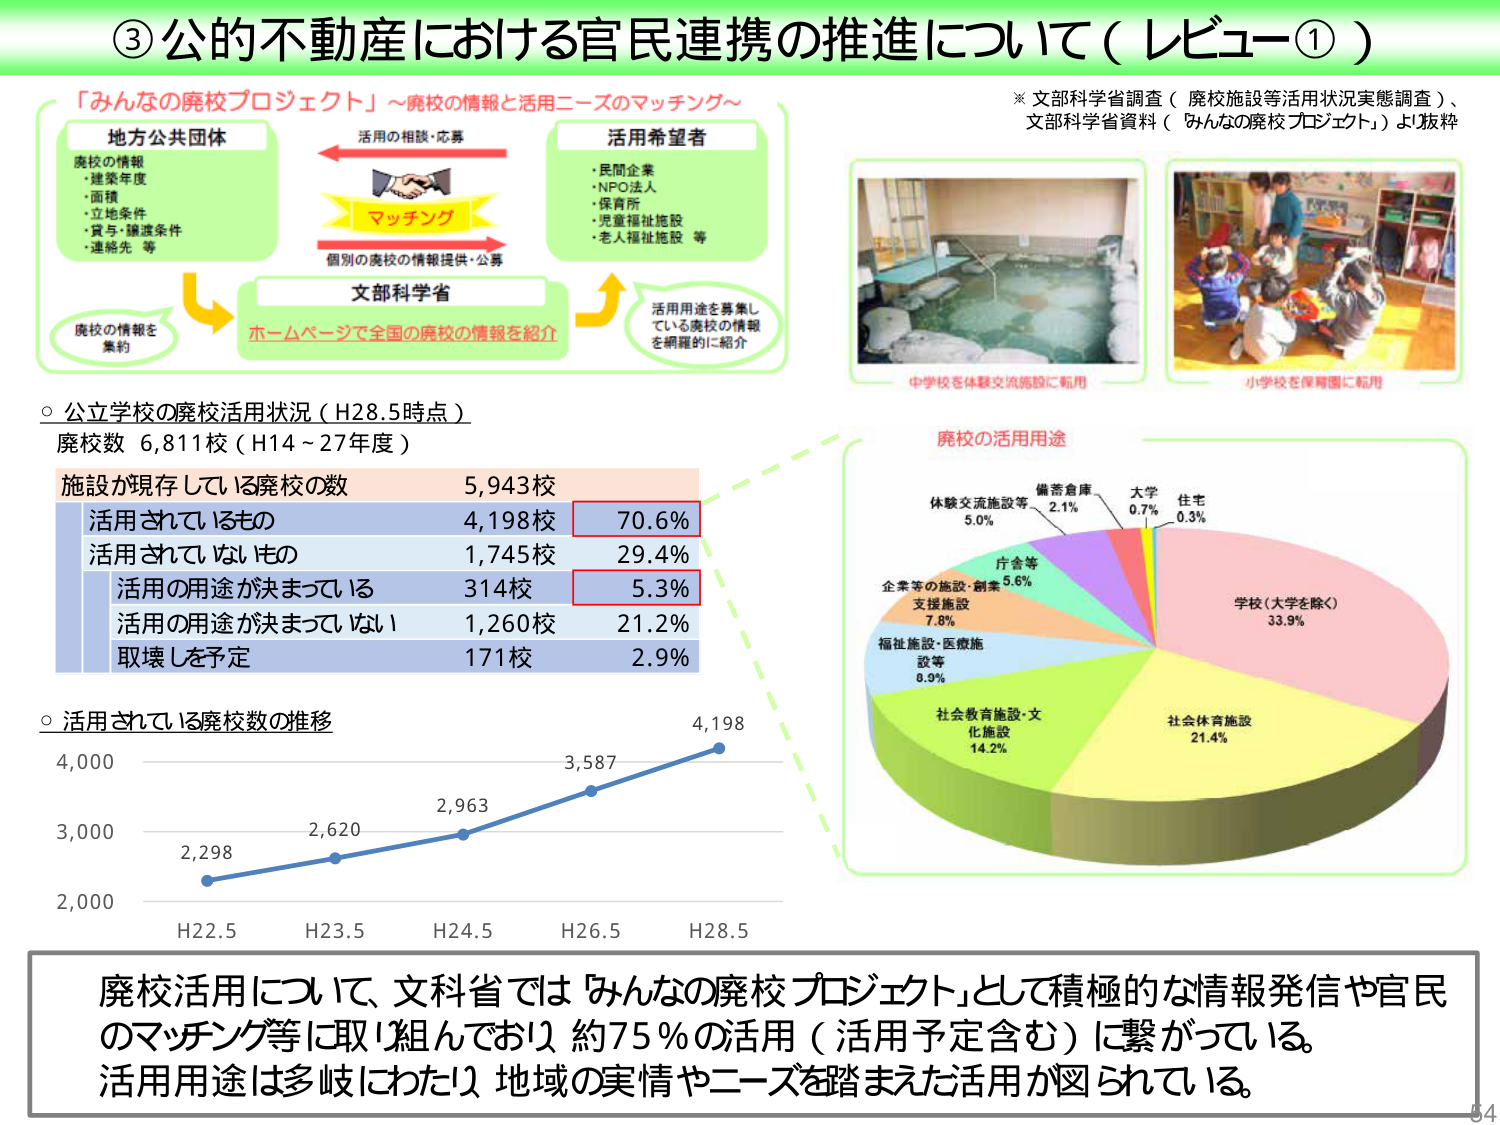
③公的不動産における官民連携の推進について（レビュー①）

「みんなの廃校プロジェクト」～廃校の情報と活用ニーズのマッチング～

地方公共団体
・廃校の情報
・建築年度
・面積
・立地条件
・貸与・譲渡条件
・連絡先 等

活用の相談・応募
マッチング
個別の廃校の情報提供・公募

文部科学省
ホームページで全国の廃校の情報を紹介

活用希望者
・民間企業
・NPO法人
・保育所
・児童福祉施設
・老人福祉施設 等

活用用途を募集し
ている廃校の情報
を網羅的に紹介

廃校の情報を
集約

※文部科学省調査（廃校施設等活用状況実態調査）、
文部科学省資料（「みんなの廃校プロジェクト」）より抜粋

中学校を体験交流施設に転用
小学校を保育園に転用

○公立学校の廃校活用状況（H28.5時点）
廃校数 6,811校（H14～27年度）

施設が現存している廃校の数 5,943校
活用されているもの 4,198校 70.6%
活用されていないもの 1,745校 29.4%
　活用の用途が決まっている 314校 5.3%
　活用の用途が決まっていない 1,260校 21.2%
　取壊しを予定 171校 2.9%

○活用されている廃校数の推移
4,000
3,000
2,000
H22.5 2,298
H23.5 2,620
H24.5 2,963
H26.5 3,587
H28.5 4,198

廃校の活用用途
学校（大学を除く） 33.9%
社会体育施設 21.4%
社会教育施設・文化施設 14.2%
福祉施設・医療施設等 8.9%
支援施設 7.8%
企業等の施設・創業 5.6%
庁舎等 5.0%
体験交流施設等 5.0%
備蓄倉庫 2.1%
大学 0.7%
住宅 0.3%

廃校活用について、文科省では「みんなの廃校プロジェクト」として積極的な情報発信や官民のマッチング等に取り組んでおり、約75％の活用（活用予定含む）に繋がっている。活用用途は多岐にわたり、地域の実情やニーズを踏まえた活用が図られている。

54